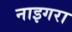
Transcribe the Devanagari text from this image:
नाइगरा